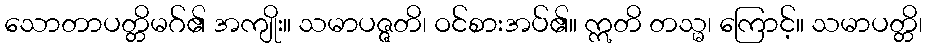
သောတာပတ္တိမဂ်၏ အကျိုး။ သမာပဇ္ဇတိ၊ ဝင်စားအပ်၏။ ဣတိ တသ္မ၊ ကြောင့်။ သမာပတ္တိ၊